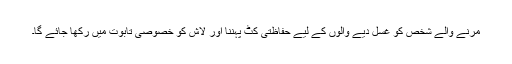
مرنے والے شخص کو غسل دیے والوں کے لیے حفاظتی کٹ پہننا اور لاش کو خصوصی تابوت میں رکھا جائے گا۔